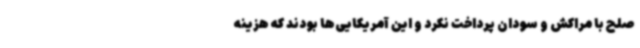
صلح با مراکش و سودان پرداخت نکرد و این آمریکایی‌ها بودند که هزینه